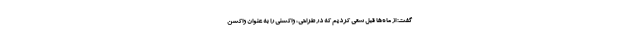
گفت: از ماه‌ها قبل سعی کردیم که در طراحی، واکسنی را به عنوان واکسن